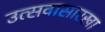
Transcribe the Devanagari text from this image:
उत्सवासारखा